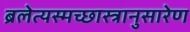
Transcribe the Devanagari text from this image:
ब्रलेत्यस्मच्छास्त्रानुसारेण